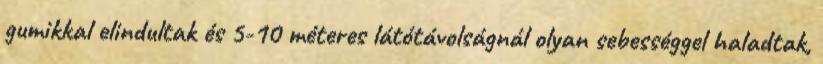
gumikkal elindultak és 5-10 méteres látótávolságnál olyan sebességgel haladtak,